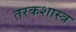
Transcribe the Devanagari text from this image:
तरकशास्त्र